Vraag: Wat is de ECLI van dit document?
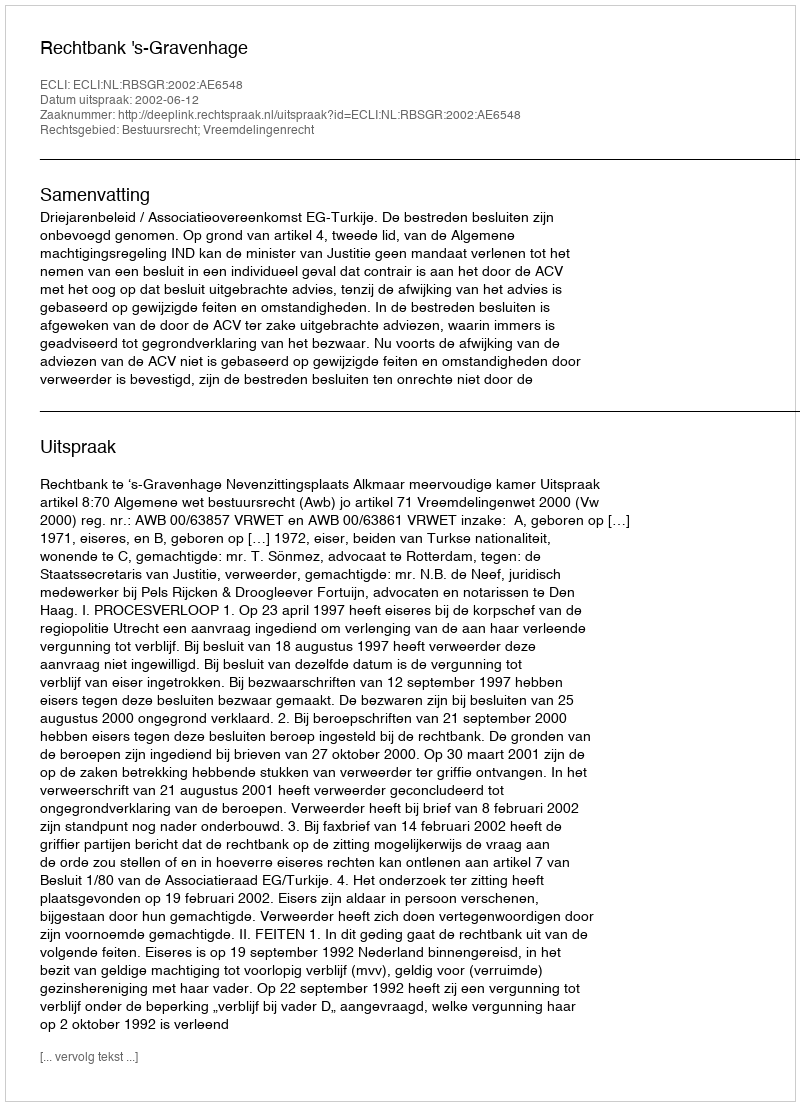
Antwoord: ECLI:NL:RBSGR:2002:AE6548